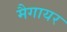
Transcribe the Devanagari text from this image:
मैगायर